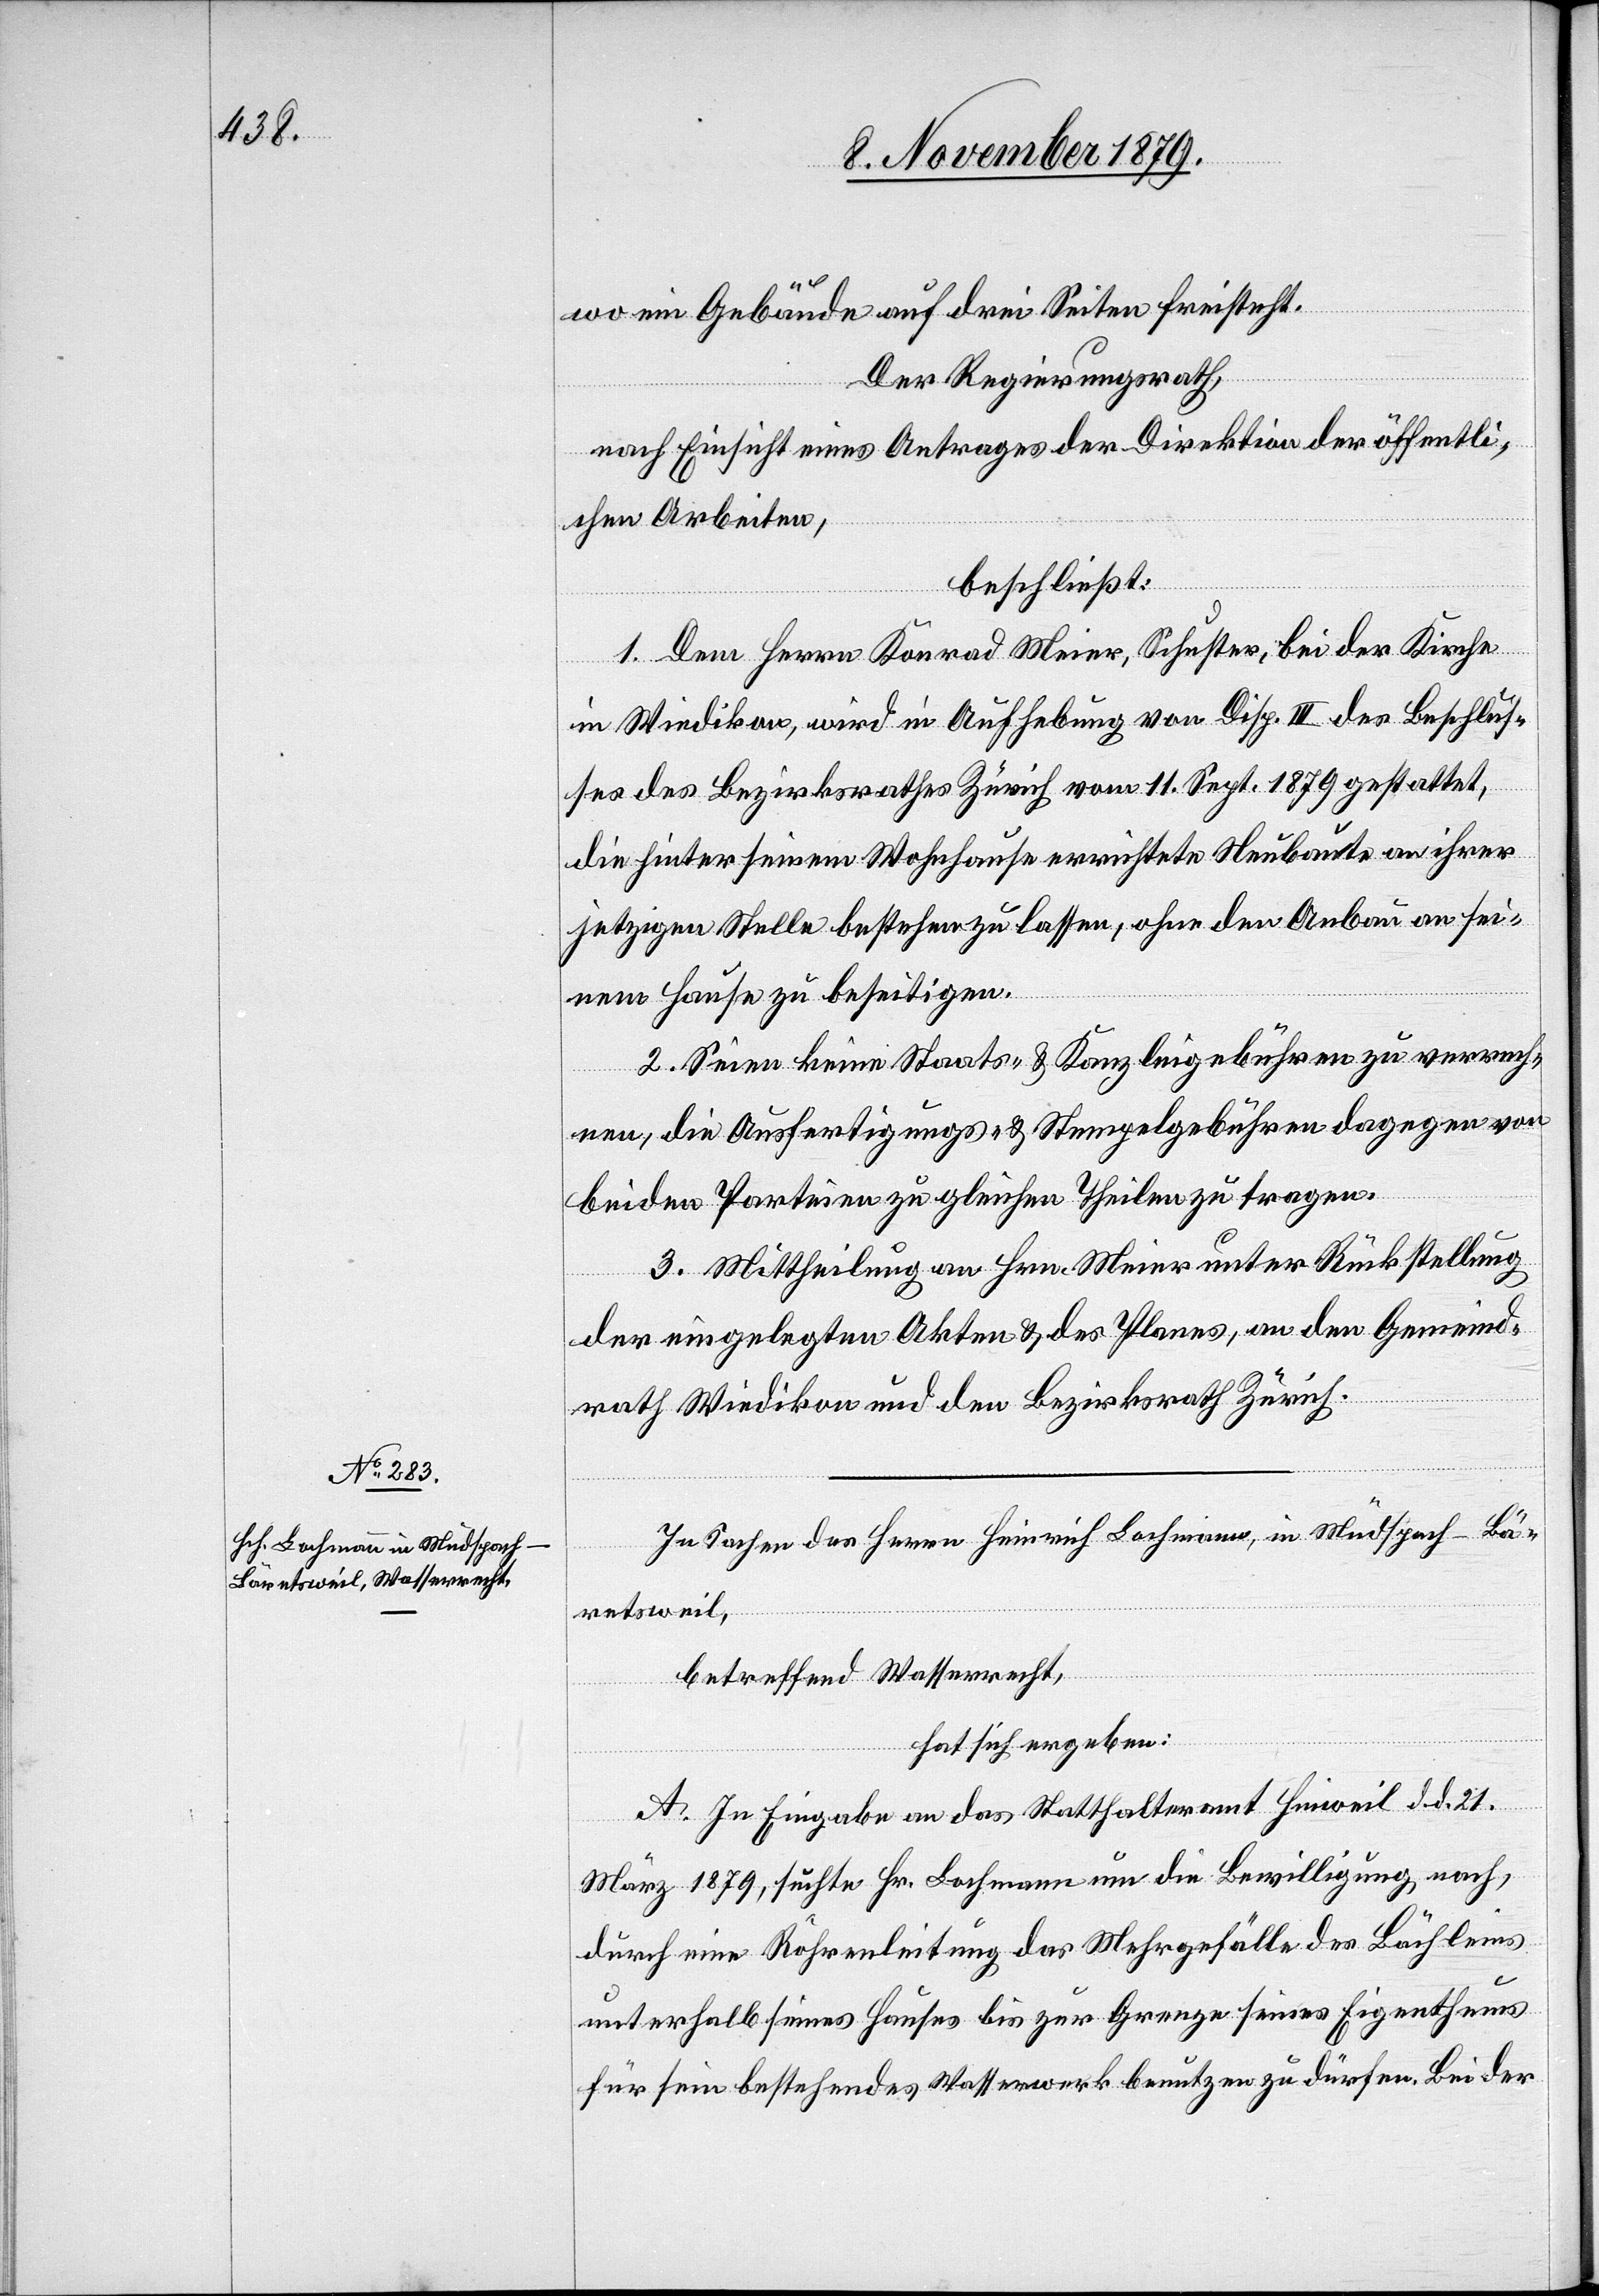
wo ein Gebäude auf drei Seiten freisteht.
Der Regierungsrath,
nach Einsicht eines Antrages der Direktion der öffentli¬
chen Arbeiten,
beschließt:
1. Dem Herrn Konrad Meier, Schuster, bei der Kirche
in Wiedikon, wird in Aufhebung von Disp. III des Beschlus¬
ses des Bezirksrathes Zürich vom 11. Sept. 1879 gestattet,
die hinter seinem Wohnhause errichtetet Neubaute an ihrer
jetzigen Stelle bestehen zu lassen, ohne den Anbau an sei¬
nem Hause zu beseitigen.
2. Seien keine Staats- & Kanzleigebühren zu verrech¬
nen, die Ausfertigungs- & Stempelgebühren dagegen von
beiden Parteien zu gleichen Theilen zu tragen.
3. Mittheilung an Hrn. Meier unter Rückstellung
der eingelegten Akten & des Planes, an den Gemeind¬
rath Wiedikon und den Bezirksrath Zürich.
In Sachen des Herrn Heinrich Lachmann, in Mudspach - Bä¬
retsweil,
betreffend Wasserrecht,
hat sich ergeben:
A. In Eingabe an das Statthalteramt Hinweil d. d. 21.
März 1879, suchte Hr. Lachmann um die Bewilligung nach,
durch eine Röhrenleitung das Wuhrgefälle des Bächleins
unterhalb seines Hauses bis zur Grenze seines Eigenthums
für sein bestehendes Wasserwerk benutzen zu dürfen. Bei der